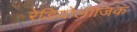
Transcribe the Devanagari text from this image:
रेडियोलॉजिक